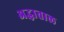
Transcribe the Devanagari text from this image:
अद्धाताल